Vaccination in the Punjab 1919-1929 - 1919-1929
Year: 1919
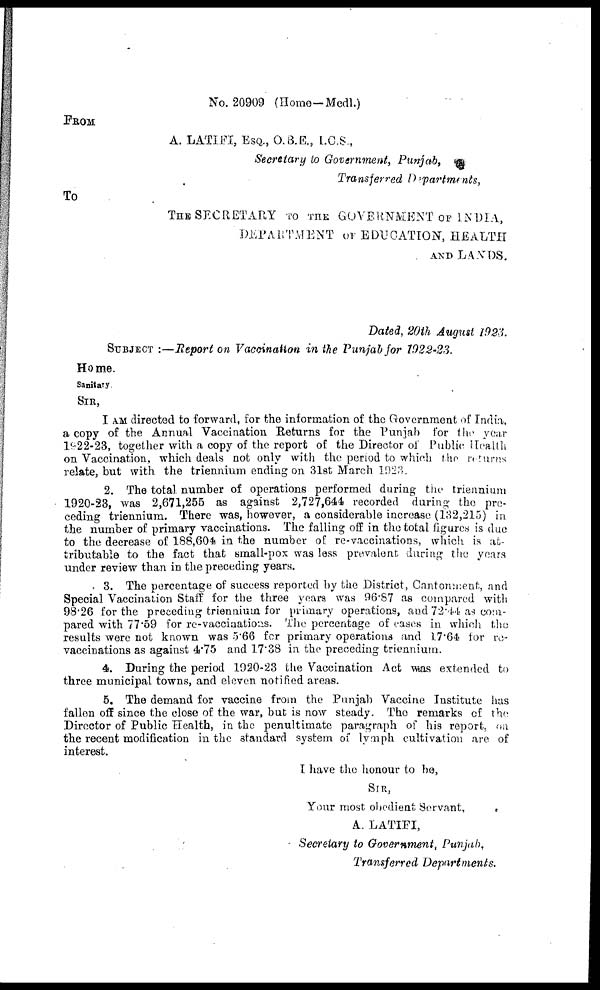
No. 20909 (Home —Medl.)
FROM
A. LATIFI, ESQ., O.B.E., I.C.S.,
Secretary to Government, Punjab,
Transferred Departments,
To
THE SECRETARY TO THE GOVERNMENT OF INDIA,
DEPARTMENT OF EDUCATION, HEALTH
AND LANDS.
Dated, 20th August 1923.
SUBJECT :—Report on Vaccination in the Punjab for 1922-23.
Home.
Sanitary
SIR,
I AM directed to forward, for the information of the Government of India,
a copy of the Annual Vaccination Returns for the Punjab for the year
1922-23, together with a copy of the report of the Director of Public Health
on Vaccination, which deals not only with the period to which the returns
relate, but with the triennium ending on 31st March 1923.
2. The total number of operations performed during the triennium
1920-23, was 2,671,255 as against 2,727,644 recorded during the pre-
ceding triennium. There was, however, a considerable increase (132,215) in
the number of primary vaccinations. The falling off in the total figures is due
to the decrease of 188,604 in the number of re-vaccinations, which is at-
tributable to the fact that small-pox was less prevalent during the years
under review than in the preceding years.
3. The percentage of success reported by the District, Cantonment, and
Special Vaccination Staff for the three years was 96.87 as compared with
98.26 for the preceding triennium for primary operations, and 72.44 as com-
pared with 77.59 for re-vaccinations. The percentage of cases in which the
results were not known was 5.66 for primary operations and 17.64 for re-
vaccinations as against 4.75 and 17.38 in the preceding triennium.
4. During the period 1920-23 the Vaccination Act was extended to
three municipal towns, and eleven notified areas.
5. The demand for vaccine from the Punjab Vaccine Institute has
fallen off since the close of the war, but is now steady The remarks of the
Director of Public Health, in the penultimate paragraph of his report, on
the recent modification in the standard system of lvmph cultivation are of
interest.
I have the honour to be,
SIR,
Your most obedient Servant,
A. LATIFI,
Secretary to Government, Punjab,
Transferred Departments.